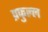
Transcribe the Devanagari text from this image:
प्रफुल्‍ल